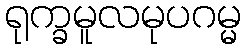
ရုက္ခမူလမုပဂမ္မ